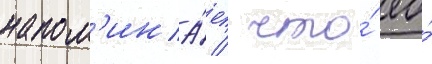
напом'ина́ет / что́ ео́